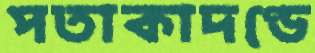
পতাকাদণ্ডে